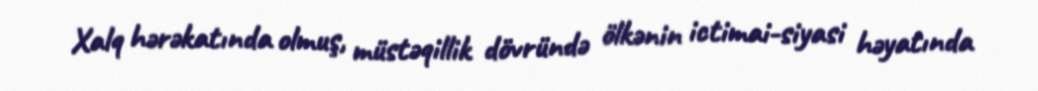
Xalq hərəkatında olmuş, müstəqillik dövründə ölkənin ictimai-siyasi həyatında